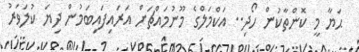
ޙަޔާ މީ ކޮންތާކުން ހޯދި.. އަކްމަލްގެ މޫނުމައްޗަށް އަރައިފައިބަމުން ދިޔަ ކުލަވަރު